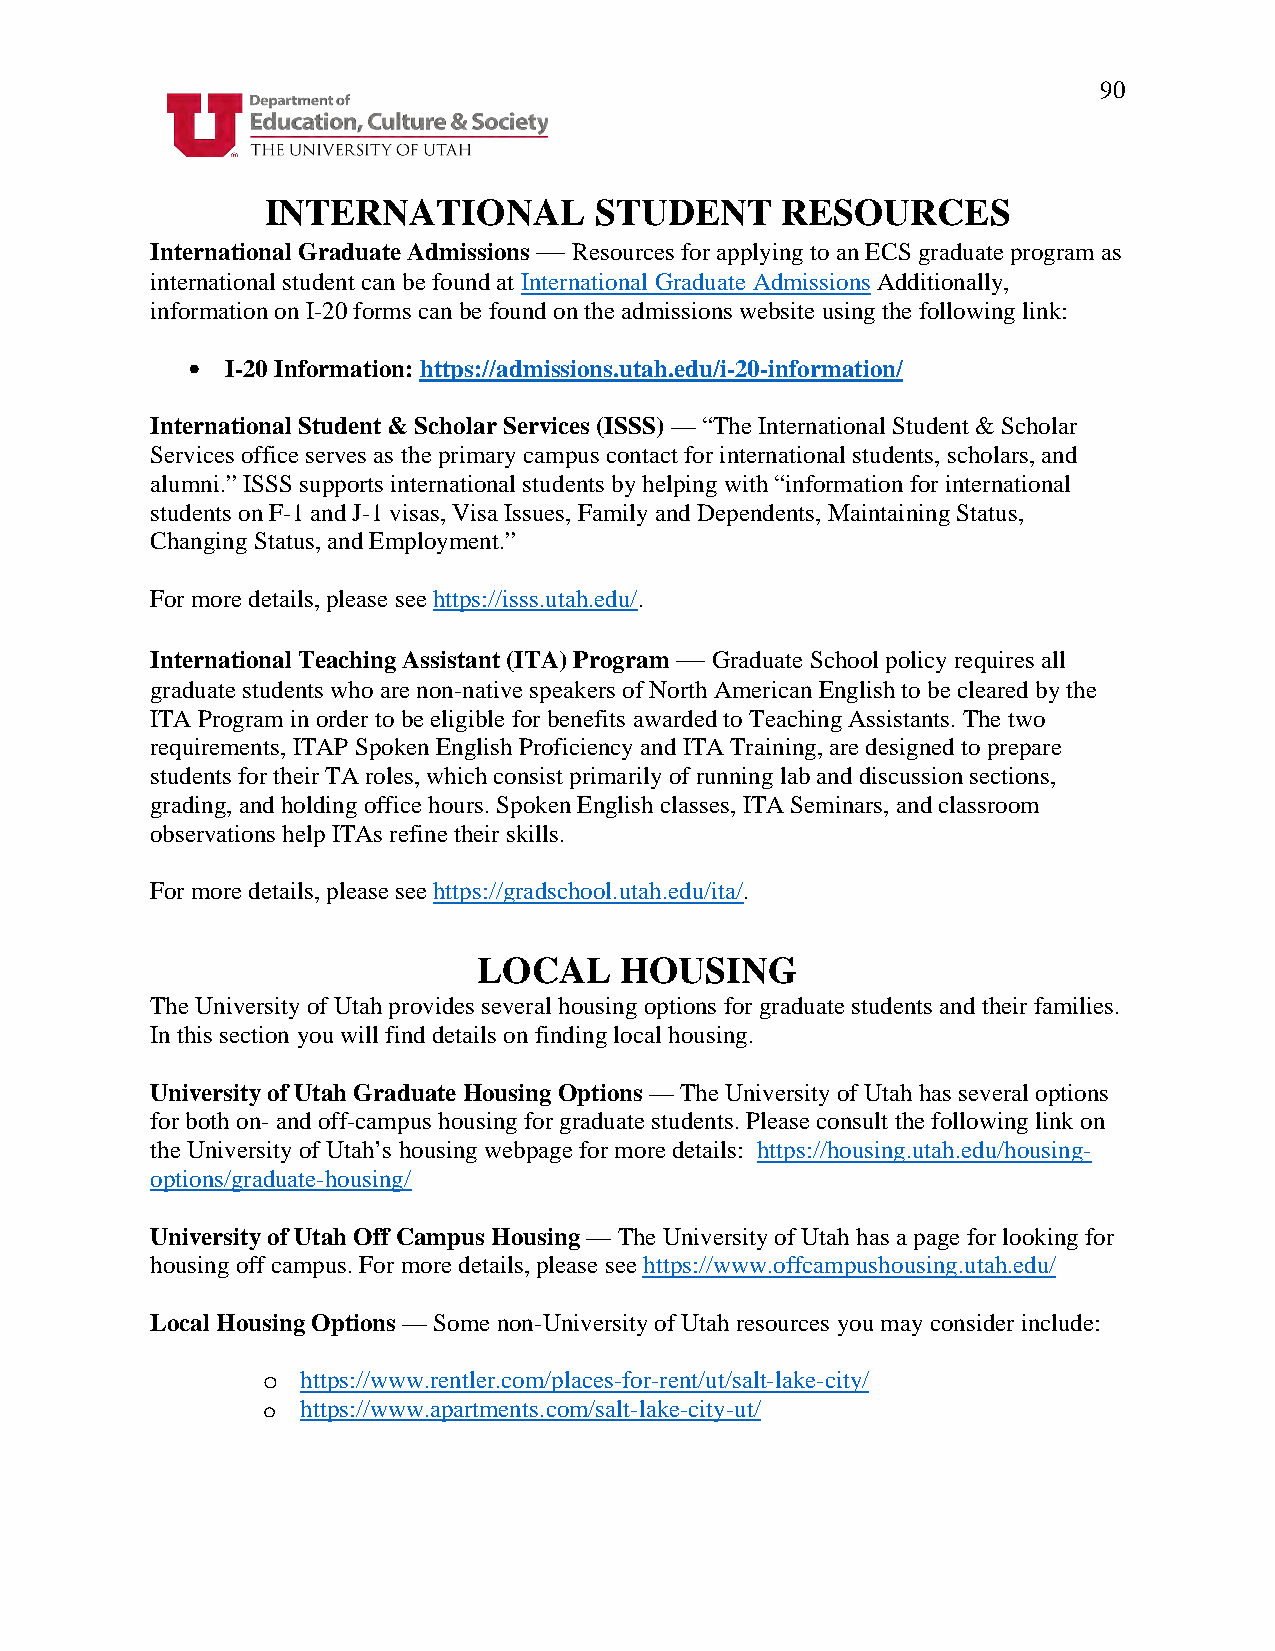
90
 INTERNATIONAL        STUDENT      RESOURCES
 International Graduate Admissions — Resources for applying to an ECS graduate program as
 international student can be found at International Graduate Admissions Additionally,
 information on I-20 forms can be found on the admissions website using the following link:
 •  I-20 Information: https://admissions.utah.edu/i-20-information/
 International Student & Scholar Services (ISSS) — “The International Student & Scholar
 Services office serves as the primary campus contact for international students, scholars, and
 alumni.” ISSS supports international students by helping with “information for international
 students on F-1 and J-1 visas, Visa Issues, Family and Dependents, Maintaining Status,
 Changing Status, and Employment.”
 For more details, please see https://isss.utah.edu/.
 International Teaching Assistant (ITA) Program — Graduate School policy requires all
 graduate students who are non-native speakers of North American English to be cleared by the
 ITA Program in order to be eligible for benefits awarded to Teaching Assistants. The two
 requirements, ITAP Spoken English Proficiency and ITA Training, are designed to prepare
 students for their TA roles, which consist primarily of running lab and discussion sections,
 grading, and holding office hours. Spoken English classes, ITA Seminars, and classroom
 observations help ITAs refine their skills.
 For more details, please see https://gradschool.utah.edu/ita/.
 LOCAL    HOUSING
 The University of Utah provides several housing options for graduate students and their families.
 In this section you will find details on finding local housing.
 University of Utah Graduate Housing Options — The University of Utah has several options
 for both on- and off-campus housing for graduate students. Please consult the following link on
 the University of Utah’s housing webpage for more details: https://housing.utah.edu/housing-
 options/graduate-housing/
 University of Utah Off Campus Housing — The University of Utah has a page for looking for
 housing off campus. For more details, please see https://www.offcampushousing.utah.edu/
 Local Housing Options — Some non-University of Utah resources you may consider include:
 https://www.rentler.com/places-for-rent/ut/salt-lake-city/
 o
 https://www.apartments.com/salt-lake-city-ut/
 o